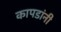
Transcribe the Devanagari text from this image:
कापडांनी